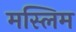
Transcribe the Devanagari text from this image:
मस्लिम